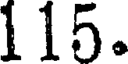
115.